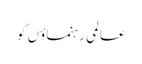
عالمی رہنماؤں کو